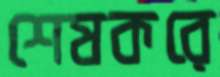
শেষকরে